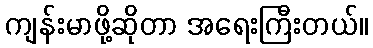
ကျန်းမာဖို့ဆိုတာ အရေးကြီးတယ်။